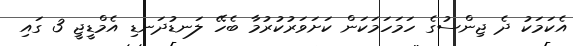
އެކަމަކު ދެ ޖިންސުގެ ހަމަހަމަކަން ކަށަވަރުކުރުމާ ބެހޭ ލަނޑުދަނޑި އެމްޑީޖީ 3 ގައި